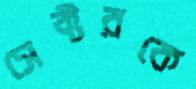
সেক্টরকে